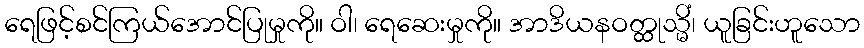
ရေဖြင့်စင်ကြယ်အောင်ပြုမှုကို။ ဝါ၊ ရေဆေးမှုကို။ အာဒိယနဝတ္ထုသ္မိံ၊ ယူခြင်းဟူသော